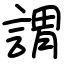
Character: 謂